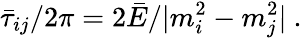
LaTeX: \bar{\tau}_{ij}/2\pi=2\bar{E}/|m_{i}^{2}-m_{j}^{2}|~.